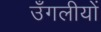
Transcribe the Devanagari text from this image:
उँगलीयों